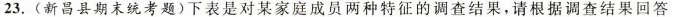
23. (新昌县期末统考题)下表是对某家庭成员两种特征的调查结果，请根据调查结果回答